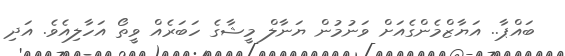
ބައްޕާ.. އަޔާޒްމެންގެއަށް ވަނުމުން ޔަނާލް މީޝާގެ ހަބަރެއް ވީތޯ އަހާލިއެވެ. އަދި